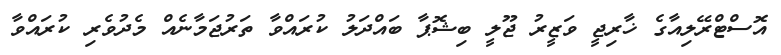
އޮސްޓްރޭލިއާގެ ޚާރިޖީ ވަޒީރު ޖޫލީ ބިޝޮޕާ ބައްދަލު ކުރައްވާ ތަރުޖަމާނެއް މެދުވެރި ކުރައްވާ